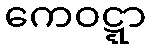
ကေဝဋ္ဋာ